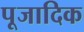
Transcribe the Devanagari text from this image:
पूजादिक